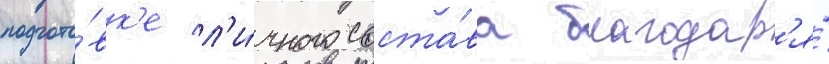
подгото́вк'е л'и́чного соста́ва благодар'я́